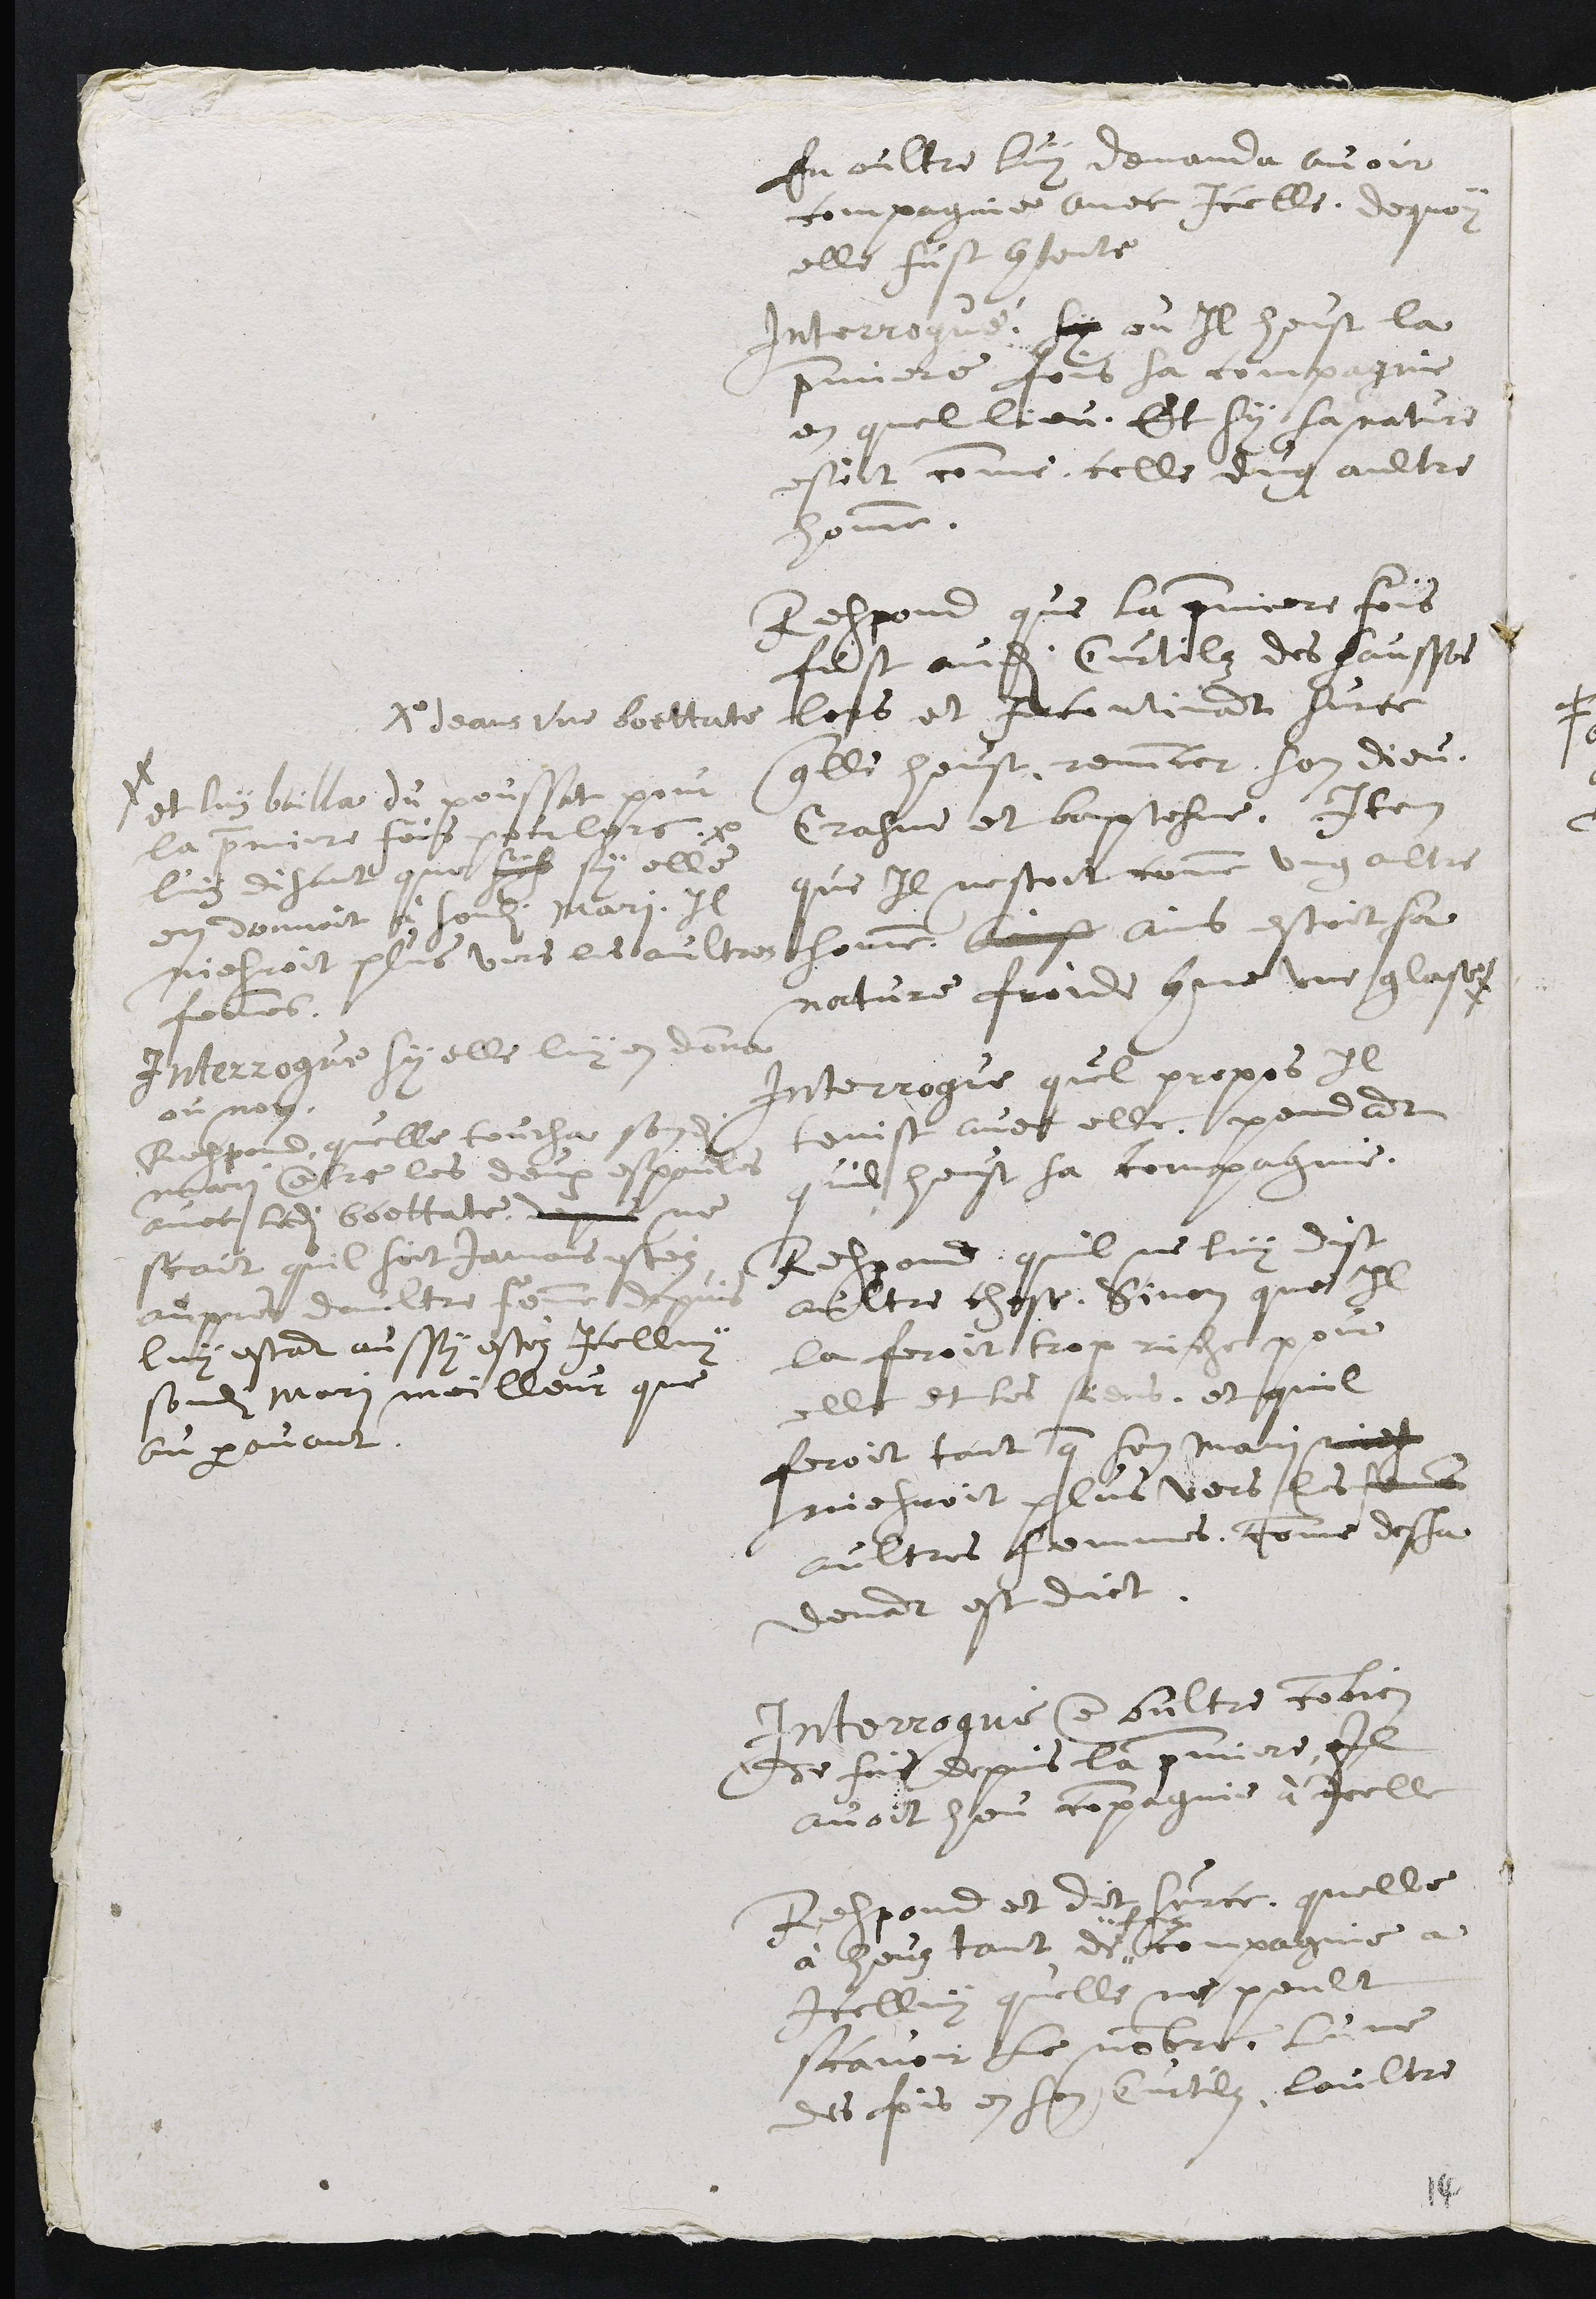
En oultre luy demanda avoir
compagnie avec icelle. de quoy
elle fust contente
Interrogué, sy ou Il heust la
premiere fois sa compagnie
en quel lieu. Et sy sa nature
estoit comme celle dung aultre
homme.
Respond que la premiere fois
fust audit Curtilz des Sausses
lors et incontinant sur ce
quelle heust renuncer son Dieu,
Cresme et baptesme. Item
que il nestoit comme un altre
homme, Ains Ains estoit sa
nature froide comme une glace #
# et luy bailla du poussat pour
la premiere fois pour lors. Xo
Xo deans une boettate
luy disant que sys sy elle
en donnoit à sondit mari, il
niesroit plus vers les aultres
femmes.
Interrogue sy elle luy en donna
ou non.
Respond, quelle toucha sondit
mari contre les deux espaules
avec ladite boettate, depuis  ne
scait quil soit jamais estéz
aupres daultre femme depuis
luy estant aussi estéz icelluy
sondit mari meilleur que
auparavant.
Interrogue quel propos Il
tenist avec elle, pendant
quil heust sa compagnie.
Respond, quil ne luy dist
aultre chose, Sinon que Il
la feroit trop riche pour
elle et les siens, et quil
feroit tant que son mari nies
niesroit plus vers les femmes
aultres femmes, comme desja
devant est dit.
Interrogué en oultre combien
de fois depuis la premiere, il
avoit heu compagnie à Icelle
Respond et dit sur ce, quelle
à heuz tant de "
" fois
compagnie a
icelluy quelle ne peult
scavoir le nombre, lune
des fois en son Curtilz, laultre